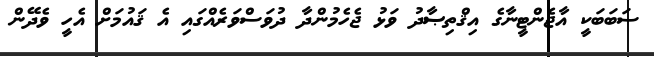
ސަބަބަކީ އާޖެންޓީނާގެ އިޤްތިޞާދު ވަޅު ޖެހެމުންދާ ދުވަސްވަރެއްގައި އެ ޤައުމަށް އެހީ ވެދޭން